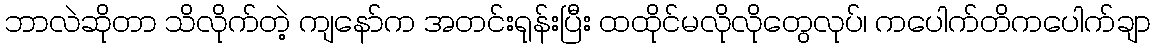
ဘာလဲဆိုတာ သိလိုက်တဲ့ ကျနော်က အတင်းရုန်းပြီး ထထိုင်မလိုလိုတွေလုပ်၊ ကပေါက်တိကပေါက်ချာ